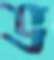
ভ